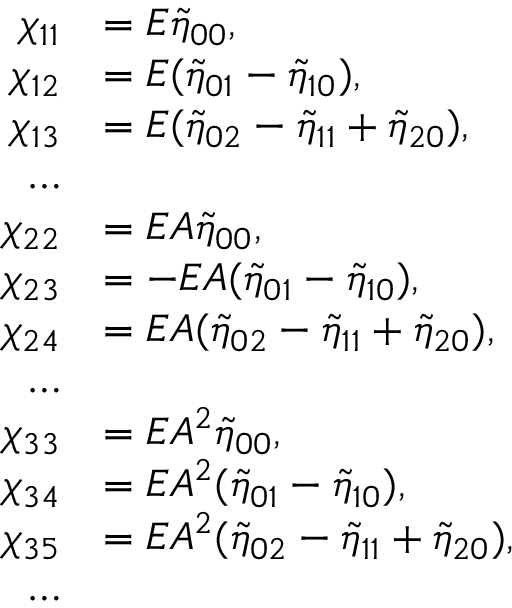
\begin{array} { r l } { \chi _ { 1 1 } } & { = E { \tilde { \eta } } _ { 0 0 } , } \\ { \chi _ { 1 2 } } & { = E ( { \tilde { \eta } } _ { 0 1 } - { \tilde { \eta } } _ { 1 0 } ) , } \\ { \chi _ { 1 3 } } & { = E ( { \tilde { \eta } } _ { 0 2 } - { \tilde { \eta } } _ { 1 1 } + { \tilde { \eta } } _ { 2 0 } ) , } \\ { \dots } \\ { \chi _ { 2 2 } } & { = E A { \tilde { \eta } } _ { 0 0 } , } \\ { \chi _ { 2 3 } } & { = - E A ( { \tilde { \eta } } _ { 0 1 } - { \tilde { \eta } } _ { 1 0 } ) , } \\ { \chi _ { 2 4 } } & { = E A ( { \tilde { \eta } } _ { 0 2 } - { \tilde { \eta } } _ { 1 1 } + { \tilde { \eta } } _ { 2 0 } ) , } \\ { \dots } \\ { \chi _ { 3 3 } } & { = E A ^ { 2 } { \tilde { \eta } } _ { 0 0 } , } \\ { \chi _ { 3 4 } } & { = E A ^ { 2 } ( { \tilde { \eta } } _ { 0 1 } - { \tilde { \eta } } _ { 1 0 } ) , } \\ { \chi _ { 3 5 } } & { = E A ^ { 2 } ( { \tilde { \eta } } _ { 0 2 } - { \tilde { \eta } } _ { 1 1 } + { \tilde { \eta } } _ { 2 0 } ) , } \\ { \dots } \end{array}